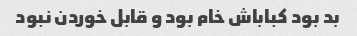
بد بود کباباش خام بود و قابل خوردن نبود